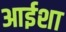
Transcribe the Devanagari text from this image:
आईशा